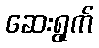
ဆေးရွက်